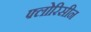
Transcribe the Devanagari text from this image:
फ्लोरिसीन